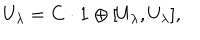
U _ { \lambda } = { \bf C } \cdot { \bf 1 } \oplus [ U _ { \lambda } , U _ { \lambda } ] ,